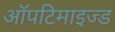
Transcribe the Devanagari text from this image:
ऑपटिमाइज्ड